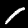
Label: 1